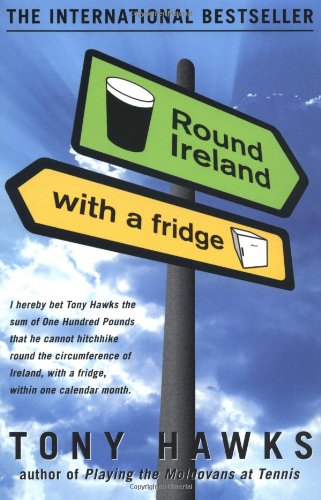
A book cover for Round Ireland with a Fridge; Tony Hawks; Travel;